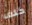
كلف